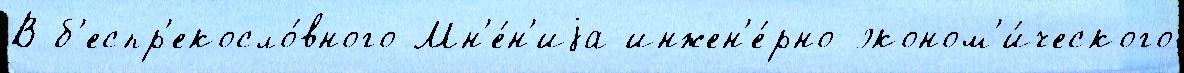
В б'еспр'екосло́вного Мн'е́н'иjа инжен'е́рно-эконом'и́ческого